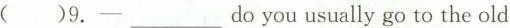
( )9.——___do you usually go to the old